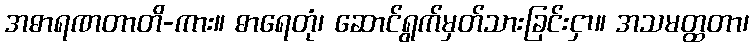
အဓာရဏတာတိ-ကား။ ဓာရေတုံ၊ ဆောင်ရွက်မှတ်သားခြင်းငှာ။ အသမတ္ထတာ၊